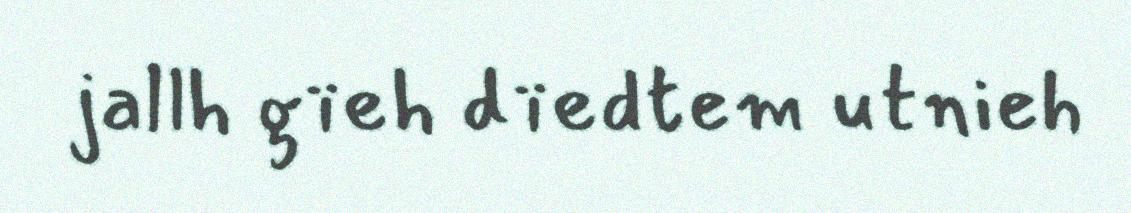
jallh gïeh dïedtem utnieh